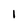
Character: 1